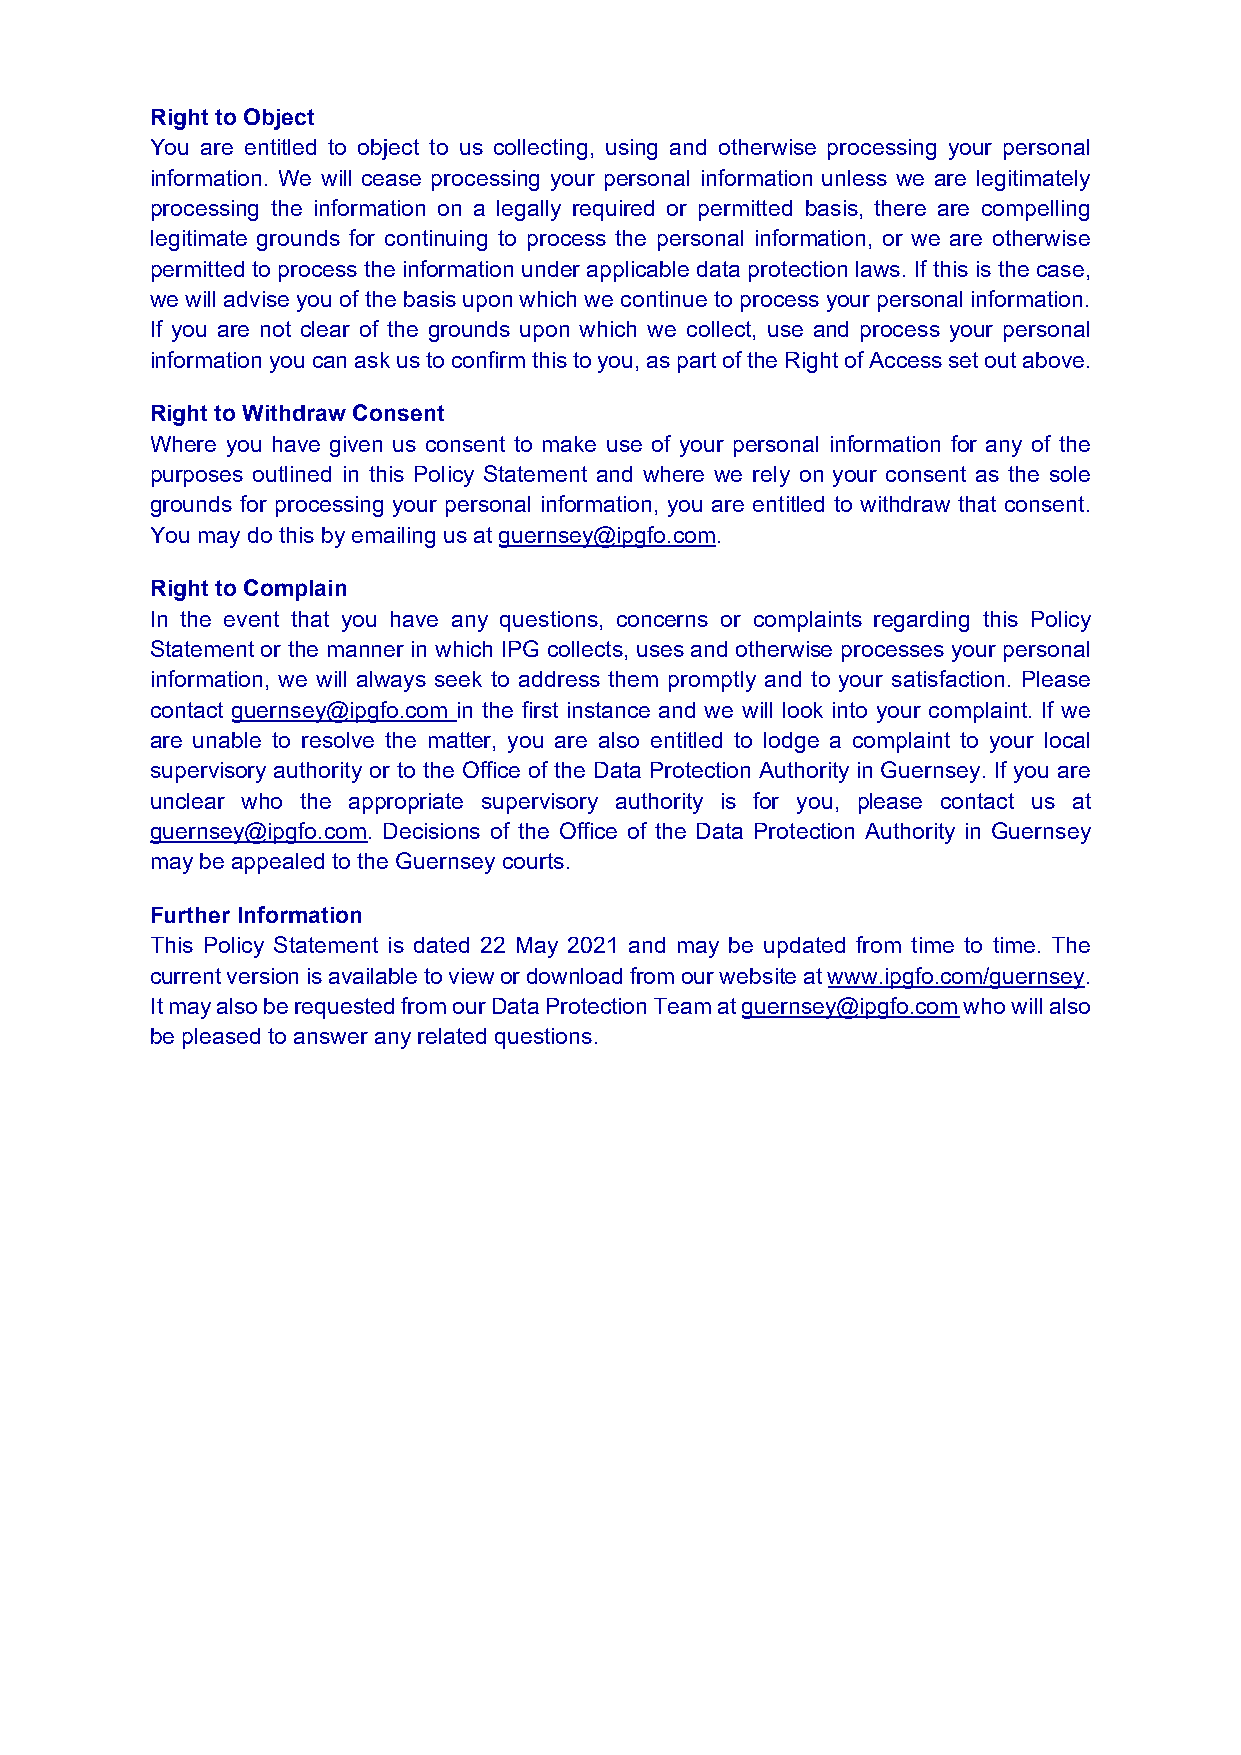
Right to Object
 You are entitled to object to us collecting, using and otherwise processing your personal
 information. We will cease processing your personal information unless we are legitimately
 processing the information on a legally required or permitted basis, there are compelling
 legitimate grounds for continuing to process the personal information, or we are otherwise
 permitted to process the information under applicable data protection laws. If this is the case,
 we will advise you of the basis upon which we continue to process your personal information.
 If you are not clear of the grounds upon which we collect, use and process your personal
 information you can ask us to confirm this to you, as part of the Right of Access set out above.
 Right to Withdraw Consent
 Where you have given us consent to make use of your personal information for any of the
 purposes outlined in this Policy Statement and where we rely on your consent as the sole
 grounds for processing your personal information, you are entitled to withdraw that consent.
 You may do this by emailing us at guernsey@ipgfo.com.
 Right to Complain
 In the event that you have any questions, concerns or complaints regarding this Policy
 Statement or the manner in which IPG collects, uses and otherwise processes your personal
 information, we will always seek to address them promptly and to your satisfaction. Please
 contact guernsey@ipgfo.com in the first instance and we will look into your complaint. If we
 are unable to resolve the matter, you are also entitled to lodge a complaint to your local
 supervisory authority or to the Office of the Data Protection Authority in Guernsey. If you are
 unclear who the appropriate supervisory authority is for you, please contact us at
 guernsey@ipgfo.com. Decisions of the Office of the Data Protection Authority in Guernsey
 may be appealed to the Guernsey courts.
 Further Information
 This Policy Statement is dated 22 May 2021 and may be updated from time to time. The
 current version is available to view or download from our website at www.ipgfo.com/guernsey.
 It may also be requested from our Data Protection Team at guernsey@ipgfo.com who will also
 be pleased to answer any related questions.